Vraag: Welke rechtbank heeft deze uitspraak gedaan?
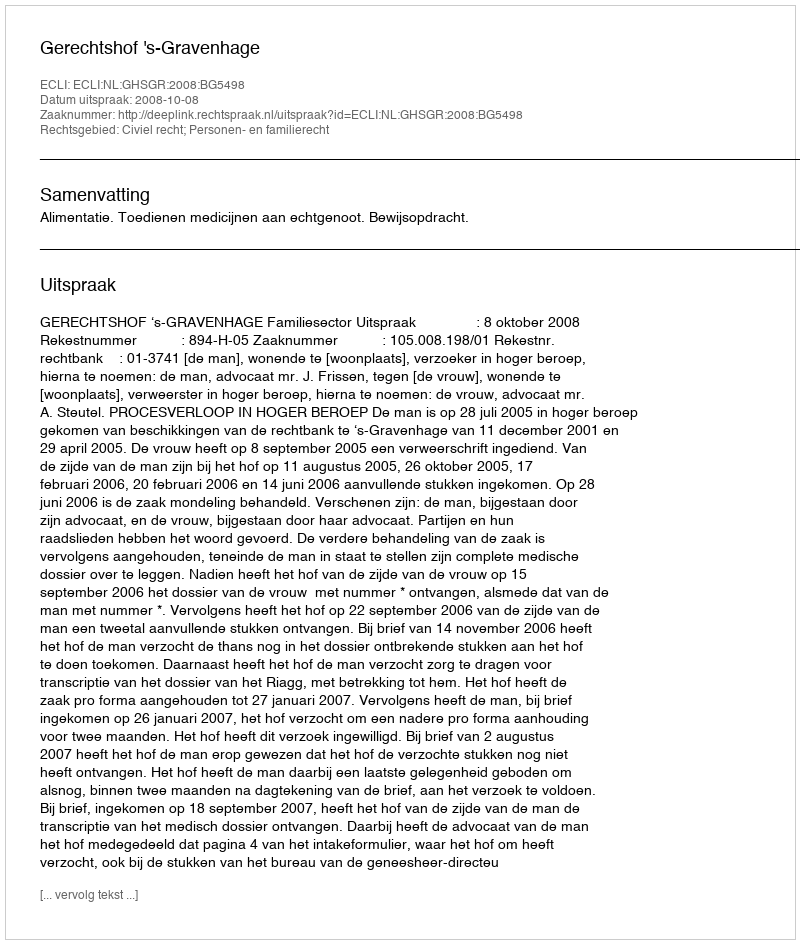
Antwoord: Gerechtshof 's-Gravenhage